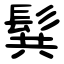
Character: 髸